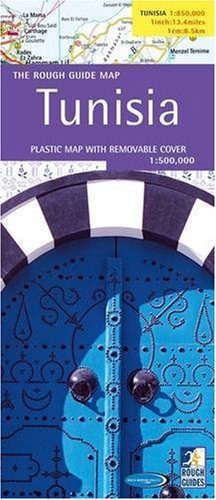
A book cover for The Rough Guide to Tunisia Map (Rough Guide Country/Region Map); Rough Guides; Travel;